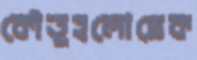
কৌতূহলোদ্রেক